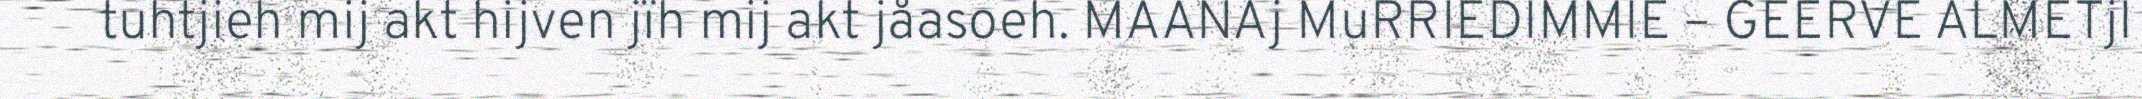
tuhtjieh mij akt hijven jïh mij akt jåasoeh. MAANAj MuRRIEDIMMIE – GEERVE ALMETjI